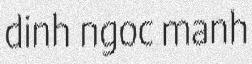
dinh ngoc manh